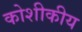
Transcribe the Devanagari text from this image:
कोशीकीय